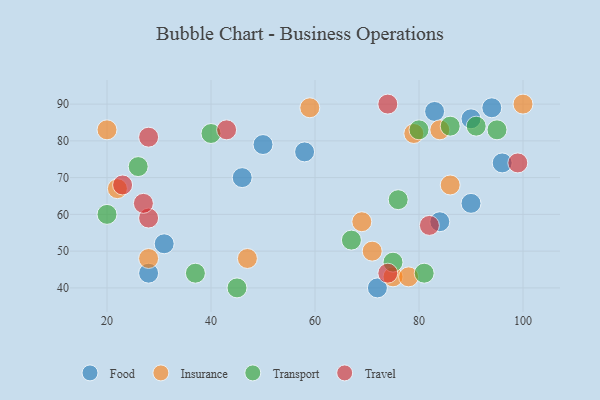
{"axis": {"x": "GDP", "y": "Life Expectancy"}, "legend": ["Food", "Insurance", "Transport", "Travel"], "data": [{"x": "83", "y": 88, "type": "Food"}, {"x": "72", "y": 40, "type": "Food"}, {"x": "58", "y": 77, "type": "Food"}, {"x": "90", "y": 86, "type": "Food"}, {"x": "28", "y": 44, "type": "Food"}, {"x": "84", "y": 58, "type": "Food"}, {"x": "50", "y": 79, "type": "Food"}, {"x": "94", "y": 89, "type": "Food"}, {"x": "96", "y": 74, "type": "Food"}, {"x": "31", "y": 52, "type": "Food"}, {"x": "46", "y": 70, "type": "Food"}, {"x": "90", "y": 63, "type": "Food"}, {"x": "59", "y": 89, "type": "Insurance"}, {"x": "47", "y": 48, "type": "Insurance"}, {"x": "20", "y": 83, "type": "Insurance"}, {"x": "69", "y": 58, "type": "Insurance"}, {"x": "79", "y": 82, "type": "Insurance"}, {"x": "22", "y": 67, "type": "Insurance"}, {"x": "86", "y": 68, "type": "Insurance"}, {"x": "71", "y": 50, "type": "Insurance"}, {"x": "100", "y": 90, "type": "Insurance"}, {"x": "28", "y": 48, "type": "Insurance"}, {"x": "75", "y": 43, "type": "Insurance"}, {"x": "78", "y": 43, "type": "Insurance"}, {"x": "84", "y": 83, "type": "Insurance"}, {"x": "81", "y": 44, "type": "Transport"}, {"x": "40", "y": 82, "type": "Transport"}, {"x": "45", "y": 40, "type": "Transport"}, {"x": "37", "y": 44, "type": "Transport"}, {"x": "76", "y": 64, "type": "Transport"}, {"x": "20", "y": 60, "type": "Transport"}, {"x": "91", "y": 84, "type": "Transport"}, {"x": "86", "y": 84, "type": "Transport"}, {"x": "75", "y": 47, "type": "Transport"}, {"x": "67", "y": 53, "type": "Transport"}, {"x": "26", "y": 73, "type": "Transport"}, {"x": "80", "y": 83, "type": "Transport"}, {"x": "95", "y": 83, "type": "Transport"}, {"x": "28", "y": 59, "type": "Travel"}, {"x": "99", "y": 74, "type": "Travel"}, {"x": "82", "y": 57, "type": "Travel"}, {"x": "28", "y": 81, "type": "Travel"}, {"x": "23", "y": 68, "type": "Travel"}, {"x": "27", "y": 63, "type": "Travel"}, {"x": "74", "y": 90, "type": "Travel"}, {"x": "43", "y": 83, "type": "Travel"}, {"x": "74", "y": 44, "type": "Travel"}]}